Annual report of the Punjab Veterinary College and of the Civil Veterinary Department, Punjab - 1926-1932
Year: 1926
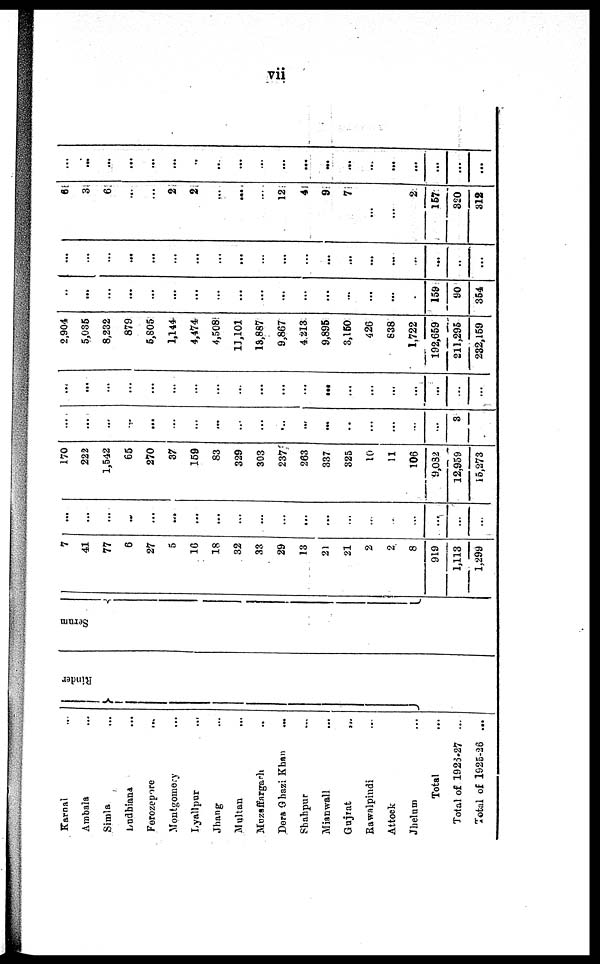
vii
Karnal ...
Ambala ...
Simla ...
Ludhiana ...
Ferozepore ...
Montgomery ...
Lyallpur
...
Jhang ...
Multan ...
Muzaffargarh ...
Dera Ghazi Khan ...
Shahpur ...
Mianwall ...
Gujrat
...
Rawalpindi ...
Attock ...
Jhelum ...
Total ...
Total of 1926-27 ...
Total of 1925-26 ...
Rinder
Serum
7
41
77
6
27
5
16
18
32
33
29
13
21
21
2
2
8
919
1,113
1,299
...
...
...
...
...
...
...
...
...
...
...
...
...
...
...
...
...
...
...
...
170
222
1,542
65
270
37
159
83
329
303
237
263
337
325
10
11
106
9,082
12,959
15,273
...
...
...
...
...
...
...
...
...
...
...
...
...
...
...
...
...
...
3
...
...
...
...
...
...
...
...
...
...
...
...
...
...
...
...
...
...
...
...
2,904
5,035
8,232
879
5,805
1,144
4,474
4,508
11,101
13,887
9,867
4.213
9,895
3,150
426
838
1,722
192,659
211,295
232,159
...
...
...
...
...
...
...
...
...
...
...
...
...
...
...
...
...
159
90
354
...
...
...
...
...
...
...
...
...
...
...
...
...
...
...
...
...
...
...
6
3
6
...
...
2
2
...
...
...
12
4
9
7
...
...
2
157
320
312
...
...
...
...
...
...
...
...
...
...
...
...
...
...
...
...
...
...
...
...